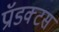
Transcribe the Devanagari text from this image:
प्रॉडक्टस